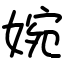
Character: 婉